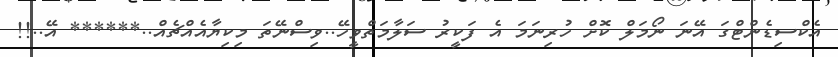
އެކްސިޑެންޓްގަ އޭނަ ނޯމަލް ކޮށް ހުރިނަމަ އެ ފަކީރު ސަލާމަތްވީހޭ..ވިސްނޭތަ މިކިޔާއެއްޗެއް..****** އޭ..!!